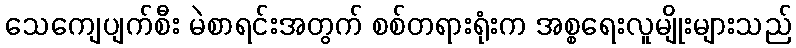
သေကျေပျက်စီး မဲစာရင်းအတွက် စစ်တရားရုံးက အစ္စရေးလူမျိုးများသည်